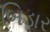
બિડાર